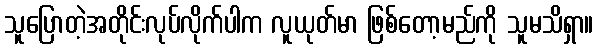
သူပြောတဲ့အတိုင်းလုပ်လိုက်ပါက လူယုတ်မာ ဖြစ်တော့မည်ကို သူမသိရှာ။